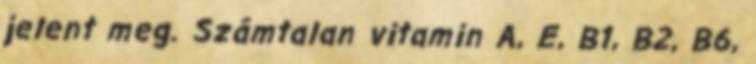
jelent meg. Számtalan vitamin A, E, B1, B2, B6,